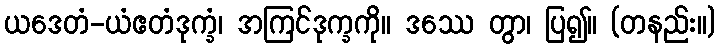
ယဒေတံ-ယံဧတံဒုက္ခံ၊ အကြင်ဒုက္ခကို။ ဒဿေ တွာ၊ ပြ၍။ (တနည်း။)